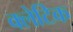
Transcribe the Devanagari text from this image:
क्लेटिक